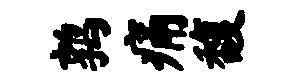
鹑痛馥